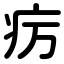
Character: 疠